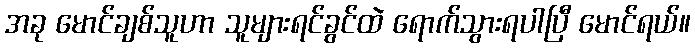
အခု မောင်ချစ်သူဟာ သူများရင်ခွင်ထဲ ရောက်သွားရပါပြီ မောင်ရယ်။